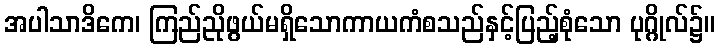
အပါသာဒိကေ၊ ကြည်ညိုဖွယ်မရှိသောကာယကံစသည်နှင့်ပြည့်စုံသော ပုဂ္ဂိုလ်၌။